Report of the Indian Hemp Drugs Commission, 1894-1895 - Volume III
Year: 1894
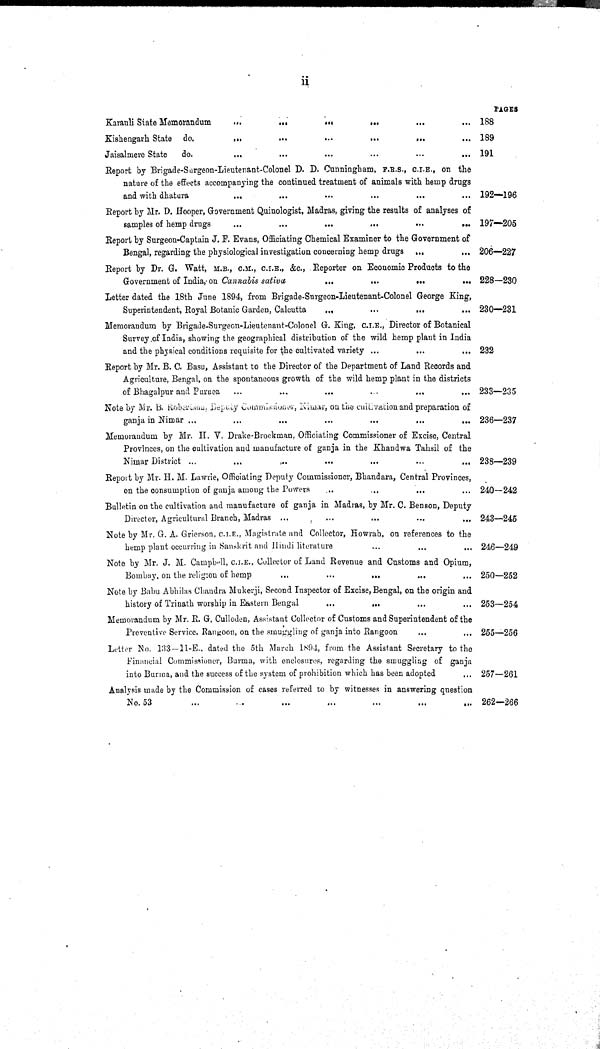
ii
Karauli State Memorandum
PAGES
188
Kishengarh State do.
189
Jaisalmere State
do.
191
Report by Brigade-Surgeon-Lieutenant-Colonel D. D. Cunningham, F.R.S., C.I.E., on the
nature of the effects accompanying the continued treatment of animals with hemp drugs
and with dhatura
192—196
Report by Mr. D. Hooper, Government Quinologist, Madras, giving the results of analyses of
samples of hemp drugs
197—205
Report by Surgeon-Captain J. F. Evans, Officiating Chemical Examiner to the Government of
Bengal, regarding the physiological investigation concerning hemp drugs
206—227
Report by Dr. G. Watt, M.B., C.M., C.I.E., &c., Reporter on Economic Products to the
Government of India, on Cannabis
sativu 228—230
Letter dated the 18th June 1894, from Brigade-Surgeon-Lieutenant-Colonel George King,
Superintendent, Royal Botanic Garden, Calcutta
230—231
Memorandum by Brigade-Surgeon-Lieutenant-Colonel G. King, C.I.E., Director of Botanical
Survey of India, showing the geographical distribution of the wild hemp plant in India
and the physical conditions requisite for the cultivated variety
232
Report by Mr. B. C. Basu, Assistant to the Director of the Department of Land Records and
Agriculture, Bengal, on the spontaneous growth of the wild hemp plant in the districts
of Bhagalpur and Puruea
233—235
Note by Mr. B. Robertson, Deputy Commissioner, Nimar, on the cultivation and preparation of
ganja in Nimar
236—237
Memorandum by Mr. H. V. Drake-Brockman, Officiating Commissioner of Excise, Central
Provinces, on the cultivation and manufacture of ganja in the Khandwa Tahsil of the
Nimar District
238—239
Report by Mr. H. M. Lawrie, Officiating Deputy Commissioner, Bhandara, Central Provinces,
on the consumption of ganja among the Powers
240—242
Bulletin on the cultivation and manufacture of ganja in Madras, by Mr. C. Benson, Deputy
Director, Agricultural Branch, Madras
243—245
Note by Mr. G. A. Grierson, C.I.E., Magistrate and Collector, Howrab, on references to the
hemp plant occurring in Sanskrit and Hindi literature
246—249
Note by Mr. J. M. Campbell, C.I.E., Collector of Land Revenue and Customs and Opium,
Bombay, on the religion of hemp
250—252
Note by Babu Abhilas Chandra Mukerji, Second Inspector of Excise, Bengal, on the origin and
history of Trinath worship in Eastern Bengal
253—254
Memorandum by Mr. R. G. Culloden, Assistant Collector of Customs and Superintendent of the
Preventive Service, Rangoon, on the smuggling of ganja into Rangoon
255—256
Letter No. 133—11-E., dated the 5th March 1894, from the Assistant Secretary to the
Financial Commissioner, Burma, with enclosures, regarding the smuggling of ganja
into Burma, and the success of the system of prohibition which has been adopted
257—261
Analysis made by the Commission of cases referred to by witnesses in answering question
No. 53
262—266